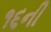
૧૬ની